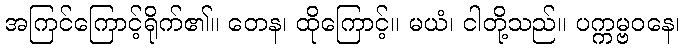
အကြင်ကြောင့်ရိုက်၏။ တေန၊ ထိုကြောင့်။ မယံ၊ ငါတို့သည်။ ပက္ကမ္ဗဝနေ၊